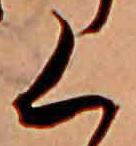
く